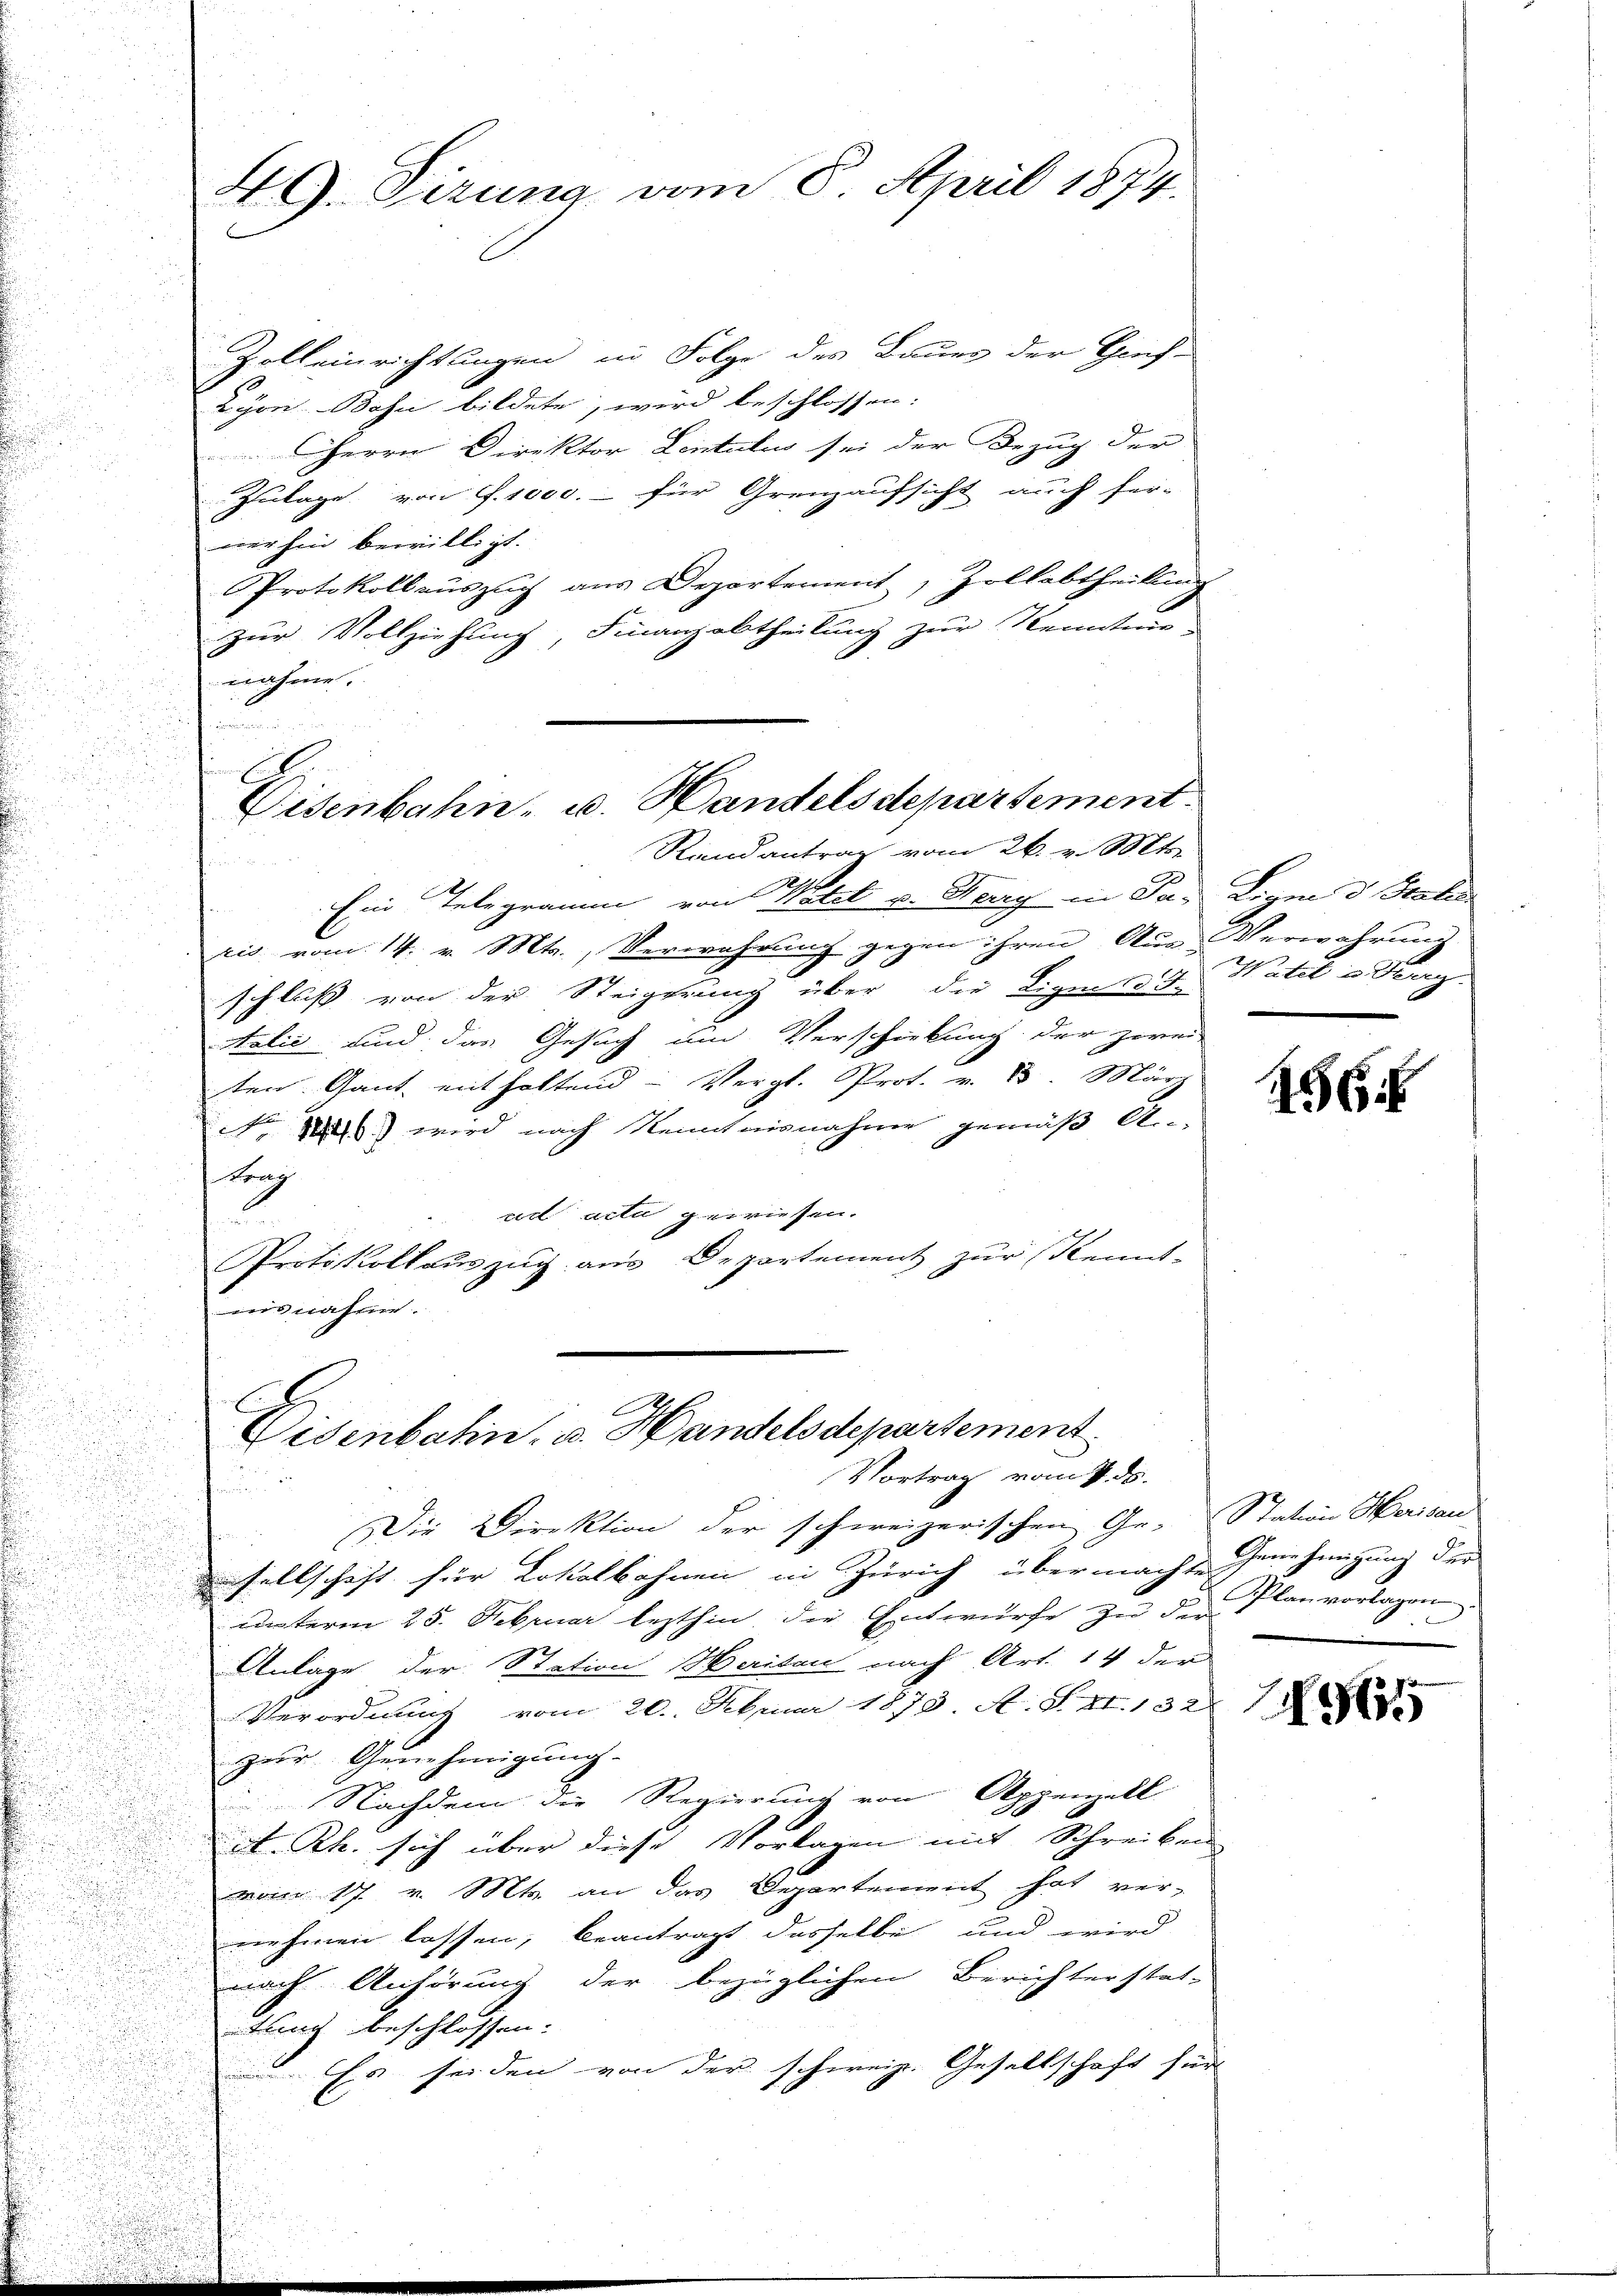
Zolleinrichtungen in Folge des Bauer der Graf-
Lyon Bahn bildete, wird beschlossen:
 Direktor Leitulus sei der Bezug der
Zulage von S. 1000. für Grenzaufsicht auch her-
merhin bewilligt.
Protokoll auszug aus Departement, Zollabtheilung
zur Vollziehung, Finanzabtheilung zur Kenntnis-
nahme.
e

49. Sirung vom 8. April 1874.

Ent
Disenbahn- u. Handelsdepartement.
Riendantrag vom 26. v. Mts.

h
Ein Telegramm von Notel v. Berg in Patis vom 14. v. Mts., Verwahrung gegen ihren Aus Verwahrung
schluß von der Steigerung über die Ligen 5.
Aalić und das Gesuch um Verschiebung der zwei-
sten Gant enthaltend Vergl. Prot. v. 8. März
No 1416) wird nach Kenntnisnahme gemäß A.-
Frag
ad acta gewiesen.
u
Protokollauszug aus Departement zur Kennt-
nisnahme.

Visenbahn, u. Handelsdepartement
Vortrag vom 1. ds.
i

Die Direktion der schweizerischen Ge- Station Herisau
sellschaft für Lokalbahnen in Zürich übermachte Genehmigung der
unterm 25. Februar lezthin die Entwurfe zu der Planvorlagen
Anlage der Station Seiten nach Art. 14 der
Verordnung vom 20. Februar 1873. A. S. 4. 1321
zur Genehmigung.
Nachdem die Regierung von Appenzell
A.Rh. sich über diese Vorlagen mit Schreiben
mo 17. v. Mts. an das Departement hat ver-
nehmen lassen, beantragt dasselbe und wird
nach Anhörung der bezüglichen Berichterstat-
tung beschlossen.
Es sei den von der schweiz. Gesellschaft für

Legen d. Recto
Water u derg

186